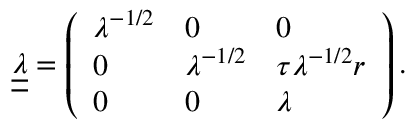
\boldsymbol { \underline { { \underline { { \lambda } } } } } = \left( \begin{array} { l l l } { \lambda ^ { - 1 / 2 } } & { 0 } & { 0 } \\ { 0 } & { \lambda ^ { - 1 / 2 } } & { \tau \lambda ^ { - 1 / 2 } r } \\ { 0 } & { 0 } & { \lambda } \end{array} \right) .